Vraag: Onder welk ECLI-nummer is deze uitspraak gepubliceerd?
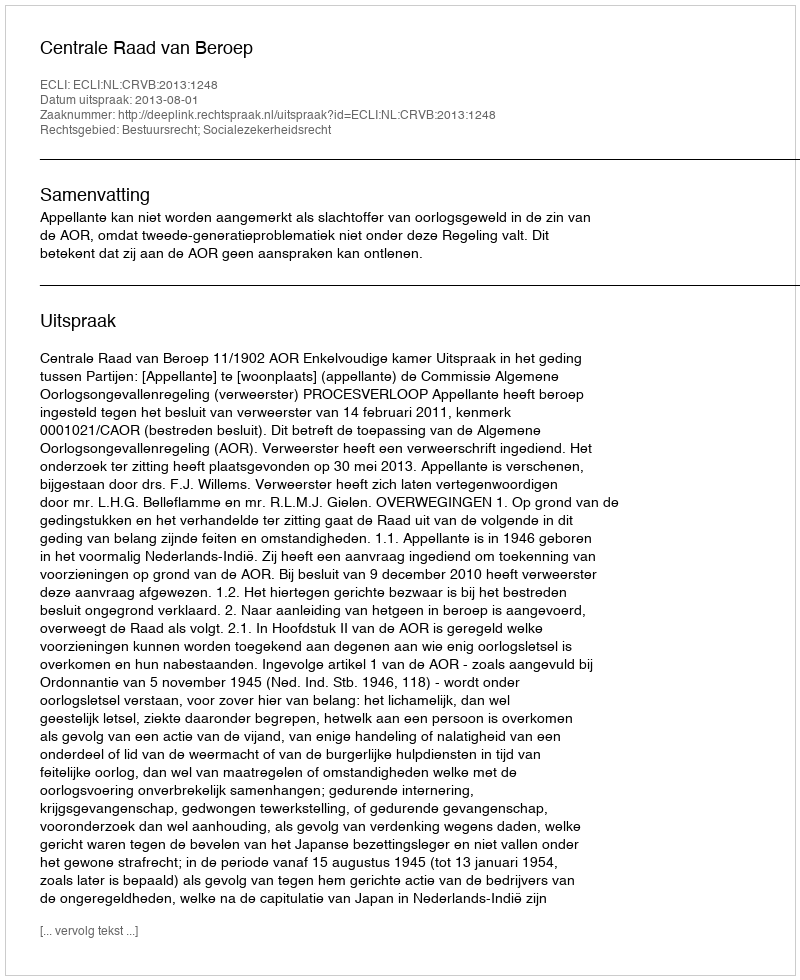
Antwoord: ECLI:NL:CRVB:2013:1248